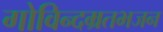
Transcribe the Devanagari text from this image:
गोविन्दम्रतभजन